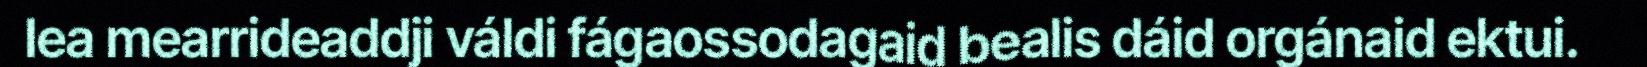
lea mearrideaddji váldi fágaossodagaid bealis dáid orgánaid ektui.